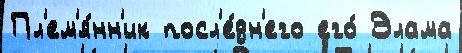
Пл'ем'я́нн'ик посл'е́дн'его его́ Элама